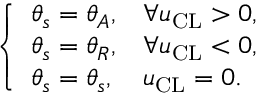
\left\{ \begin{array} { l l } { \theta _ { s } = \theta _ { A } , } & { \forall u _ { \mathrm { C L } } > 0 , } \\ { \theta _ { s } = \theta _ { R } , } & { \forall u _ { \mathrm { C L } } < 0 , } \\ { \theta _ { s } = \theta _ { s } , } & { u _ { \mathrm { C L } } = 0 . } \end{array} \right.